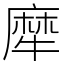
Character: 犘